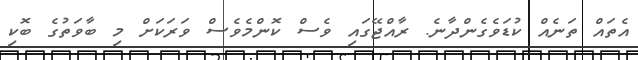
އެތައް ތަނެއް ކުޑަވެގެންދާނެ. ރާއްޖޭގައި ވެސް ކޮންމެވެސް ވަރަކަށް މި ބާވަތުގެ ބޮކި